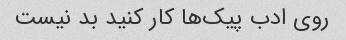
روی ادب پیک‌ها کار کنید بد نیست